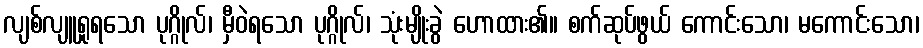
လျစ်လျူရှုရသော ပုဂ္ဂိုလ်၊ မှီဝဲရသော ပုဂ္ဂိုလ်၊ သုံးမျိုးခွဲ ဟောထား၏။ စက်ဆုပ်ဖွယ် ကောင်းသော၊ မကောင်းသော၊